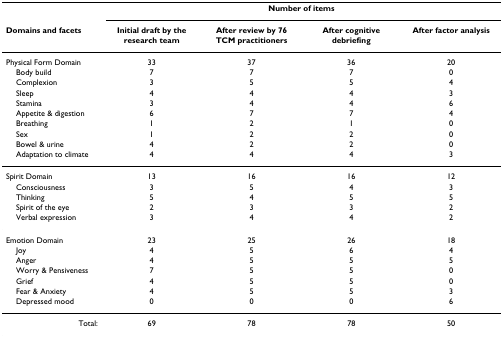
|  | <COLSPAN=4> Number of items |
 | Domains and facets | Initial draft by the research team | After review by 76 TCM practitioners | After cognitive debriefing | After factor analysis |
 | --- | --- | --- | --- | --- |
 | Physical Form Domain | 33 | 37 | 36 | 20 |
 | Body build | 7 | 7 | 7 | 0 |
 | Complexion | 3 | 5 | 5 | 4 |
 | Sleep | 4 | 4 | 4 | 3 |
 | Stamina | 3 | 4 | 4 | 6 |
 | Appetite & digestion | 6 | 7 | 7 | 4 |
 | Breathing | 1 | 2 | 1 | 0 |
 | Sex | 1 | 2 | 2 | 0 |
 | Bowel & urine | 4 | 2 | 2 | 0 |
 | Adaptation to climate | 4 | 4 | 4 | 3 |
 | Spirit Domain | 13 | 16 | 16 | 12 |
 | Consciousness | 3 | 5 | 4 | 3 |
 | Thinking | 5 | 4 | 5 | 5 |
 | Spirit of the eye | 2 | 3 | 3 | 2 |
 | Verbal expression | 3 | 4 | 4 | 2 |
 | Emotion Domain | 23 | 25 | 26 | 18 |
 | Joy | 4 | 5 | 6 | 4 |
 | Anger | 4 | 5 | 5 | 5 |
 | Worry & Pensiveness | 7 | 5 | 5 | 0 |
 | Grief | 4 | 5 | 5 | 0 |
 | Fear & Anxiety | 4 | 5 | 5 | 3 |
 | Depressed mood | 0 | 0 | 0 | 6 |
 | Total: | 69 | 78 | 78 | 50 |